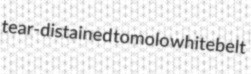
tear-distained tomolo whitebelt